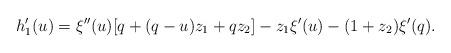
LaTeX: \begin{align*} h_1'(u) = \xi''(u)[q+(q-u)z_1+qz_2]-z_1\xi'(u)-(1+z_2)\xi'(q). \end{align*}